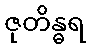
ဇုတိန္ဓရ